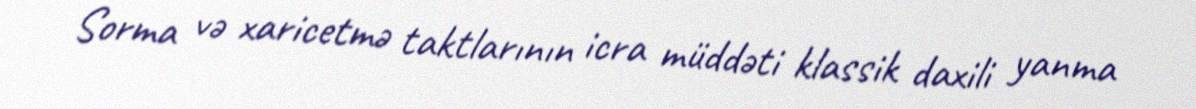
Sorma və xaricetmə taktlarının icra müddəti klassik daxili yanma